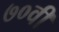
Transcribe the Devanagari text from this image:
७०वीं